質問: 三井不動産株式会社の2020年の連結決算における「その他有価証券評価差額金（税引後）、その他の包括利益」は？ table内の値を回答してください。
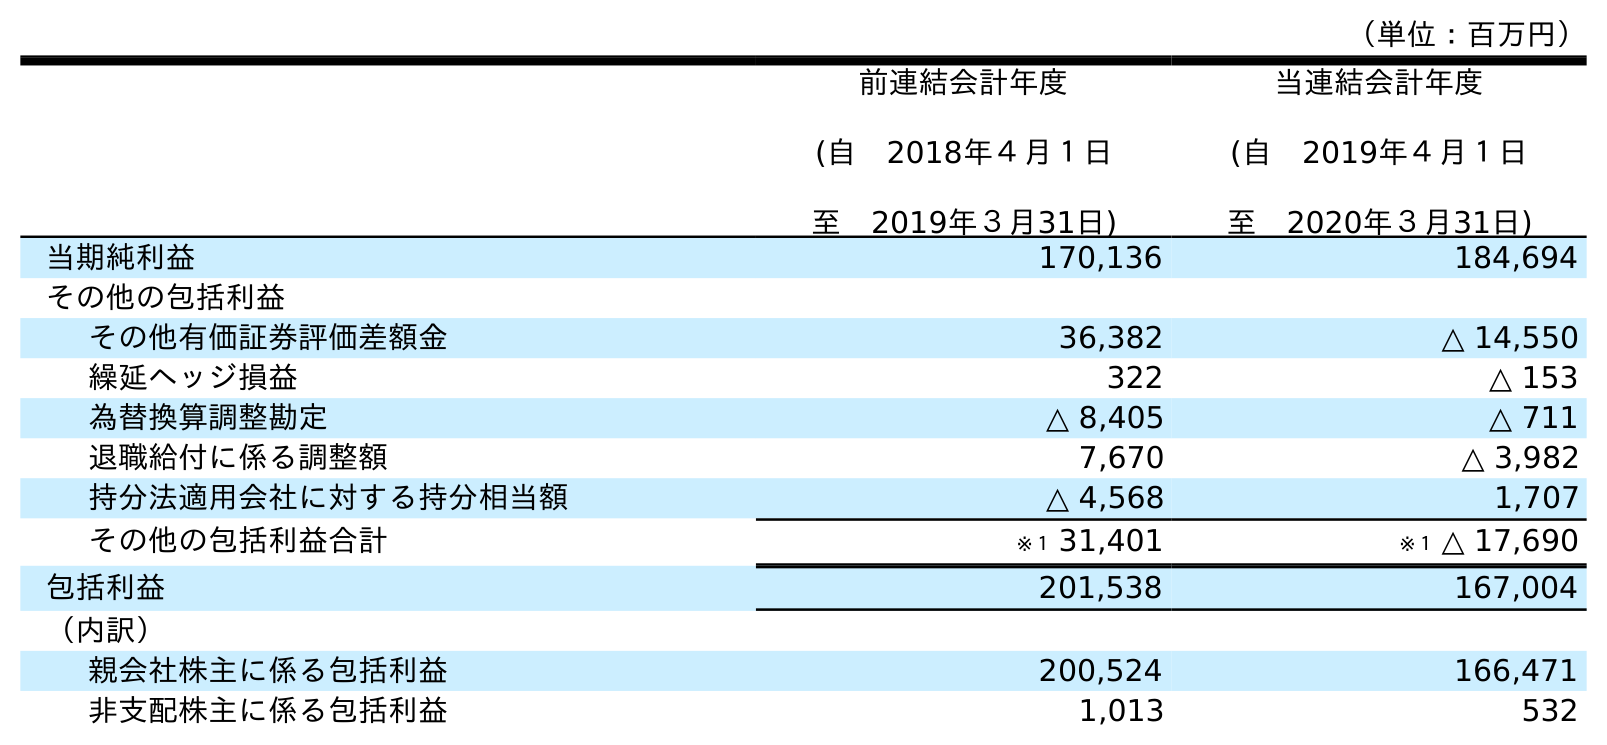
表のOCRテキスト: （単位：百万円） 前連結会計年度 (自 2018年４月１日 至 2019年３月31日) 当連結会計年度 (自 2019年４月１日 至 2020年３月31日) 当期純利益 170,136 184,694 その他の包括利益 その他有価証券評価差額金 36,382 △ 14,550 繰延ヘッジ損益 322 △ 153 為替換算調整勘定 △ 8,405 △ 711 退職給付に係る調整額 7,670 △ 3,982 持分法適用会社に対する持分相当額 △ 4,568 1,707 その他の包括利益合計 ※１ 31,401 ※１ △ 17,690 包括利益 201,538 167,004 （内訳） 親会社株主に係る包括利益 200,524 166,471 非支配株主に係る包括利益 1,013 532
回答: △14,550